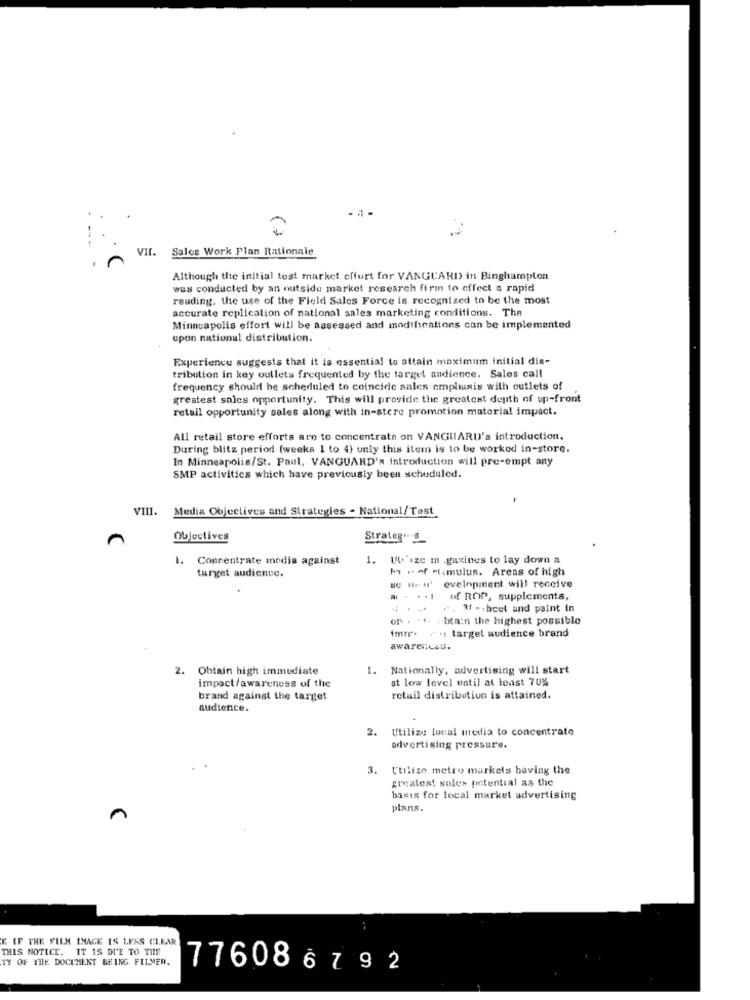
-- -
VII. Sales Work Plan Rationale
Although the initial test market effort for VANGUARD in Binghamplon
was conducted by an outside market research firm to effect a rapid
reading, the use of the Field Sales Force is recognized to be the most
accurate replication of national sales marketing conditions. The
Minneapolis effort will be assessed and modifications can be implemented
upon national distribution.
Experience suggests that it is essential to attain maximum initial dis-
tribution in key outlets frequented by the target audience. Sales call
frequency should be scheduled to coincide sales emplusis with outlets of
greatest sales opportunity. This will provide the greatest depth of up-front
retail opportunity sales along with in-store promotion material impact.
All retail store efforts are to concentrate on VANGUARD's introduction.
During blitz period (weeks 1 to 4) unly this item is to be worked in-store.
In Minneapolis/St. Paul, VANGUARD's introduction will pre-empt any
SMP activities which have previously been scheduled.
VIII. Media Objectives and Strategies - National/Test
n
Objectives
Strateg"
1.
Concentrate media against
1.
UU ize m .gaxines to lay down a
I . of stimulus. Areas of high
target audience.
se Hu' evelopment will receive
.. .. 1
of ROP, supplements,
.. 3f -- hcet and paint in
.btain the highest possible
imna - target audience brand
awareness.
Obtain high immediate
1.
Nationally, advertising will start
impact/awareness of the
at low level until at least 70%
brand against the target
retail distribution is attained.
audience.
2.
Utilize local media to concentrate
advertising pressure.
3. Utilize metro markets having the
greatest sales potential as the
basis for local market advertising
plans.
n
K IF THE FILM IMAGE IS LESS CLEAR
THIS NOTICE. IT IS DI'E TO THE
TY OF THE DOCUMENT BEING FILMED.
776086792